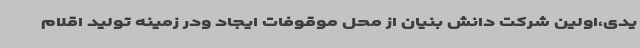
یدی،اولین شرکت دانش بنیان از محل موقوفات ایجاد ودر زمینه تولید اقلام